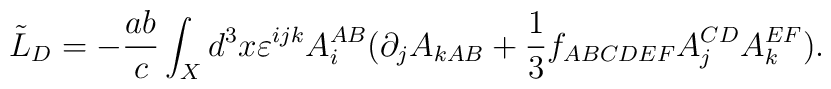
\tilde{L}_{D}=-{\frac{ab}{c}}\int_{X}d^{3}x\varepsilon^{ijk}A_{i}^{AB}(\partial _{j}A_{kAB}+{\frac{1}{3}}f_{ABCDEF}A_{j}^{CD}A_{k}^{EF}).